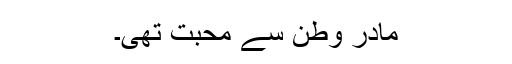
مادر وطن سے محبت تھی۔